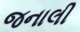
જનાલી